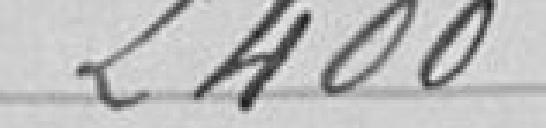
2400